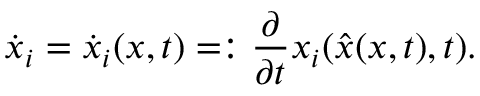
\dot { x } _ { i } = \dot { x } _ { i } ( x , t ) = : \frac { \partial } { \partial t } x _ { i } ( \hat { x } ( x , t ) , t ) .